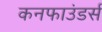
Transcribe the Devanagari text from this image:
कनफाउंडर्स